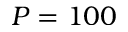
P = 1 0 0